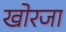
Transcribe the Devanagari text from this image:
खोरजा